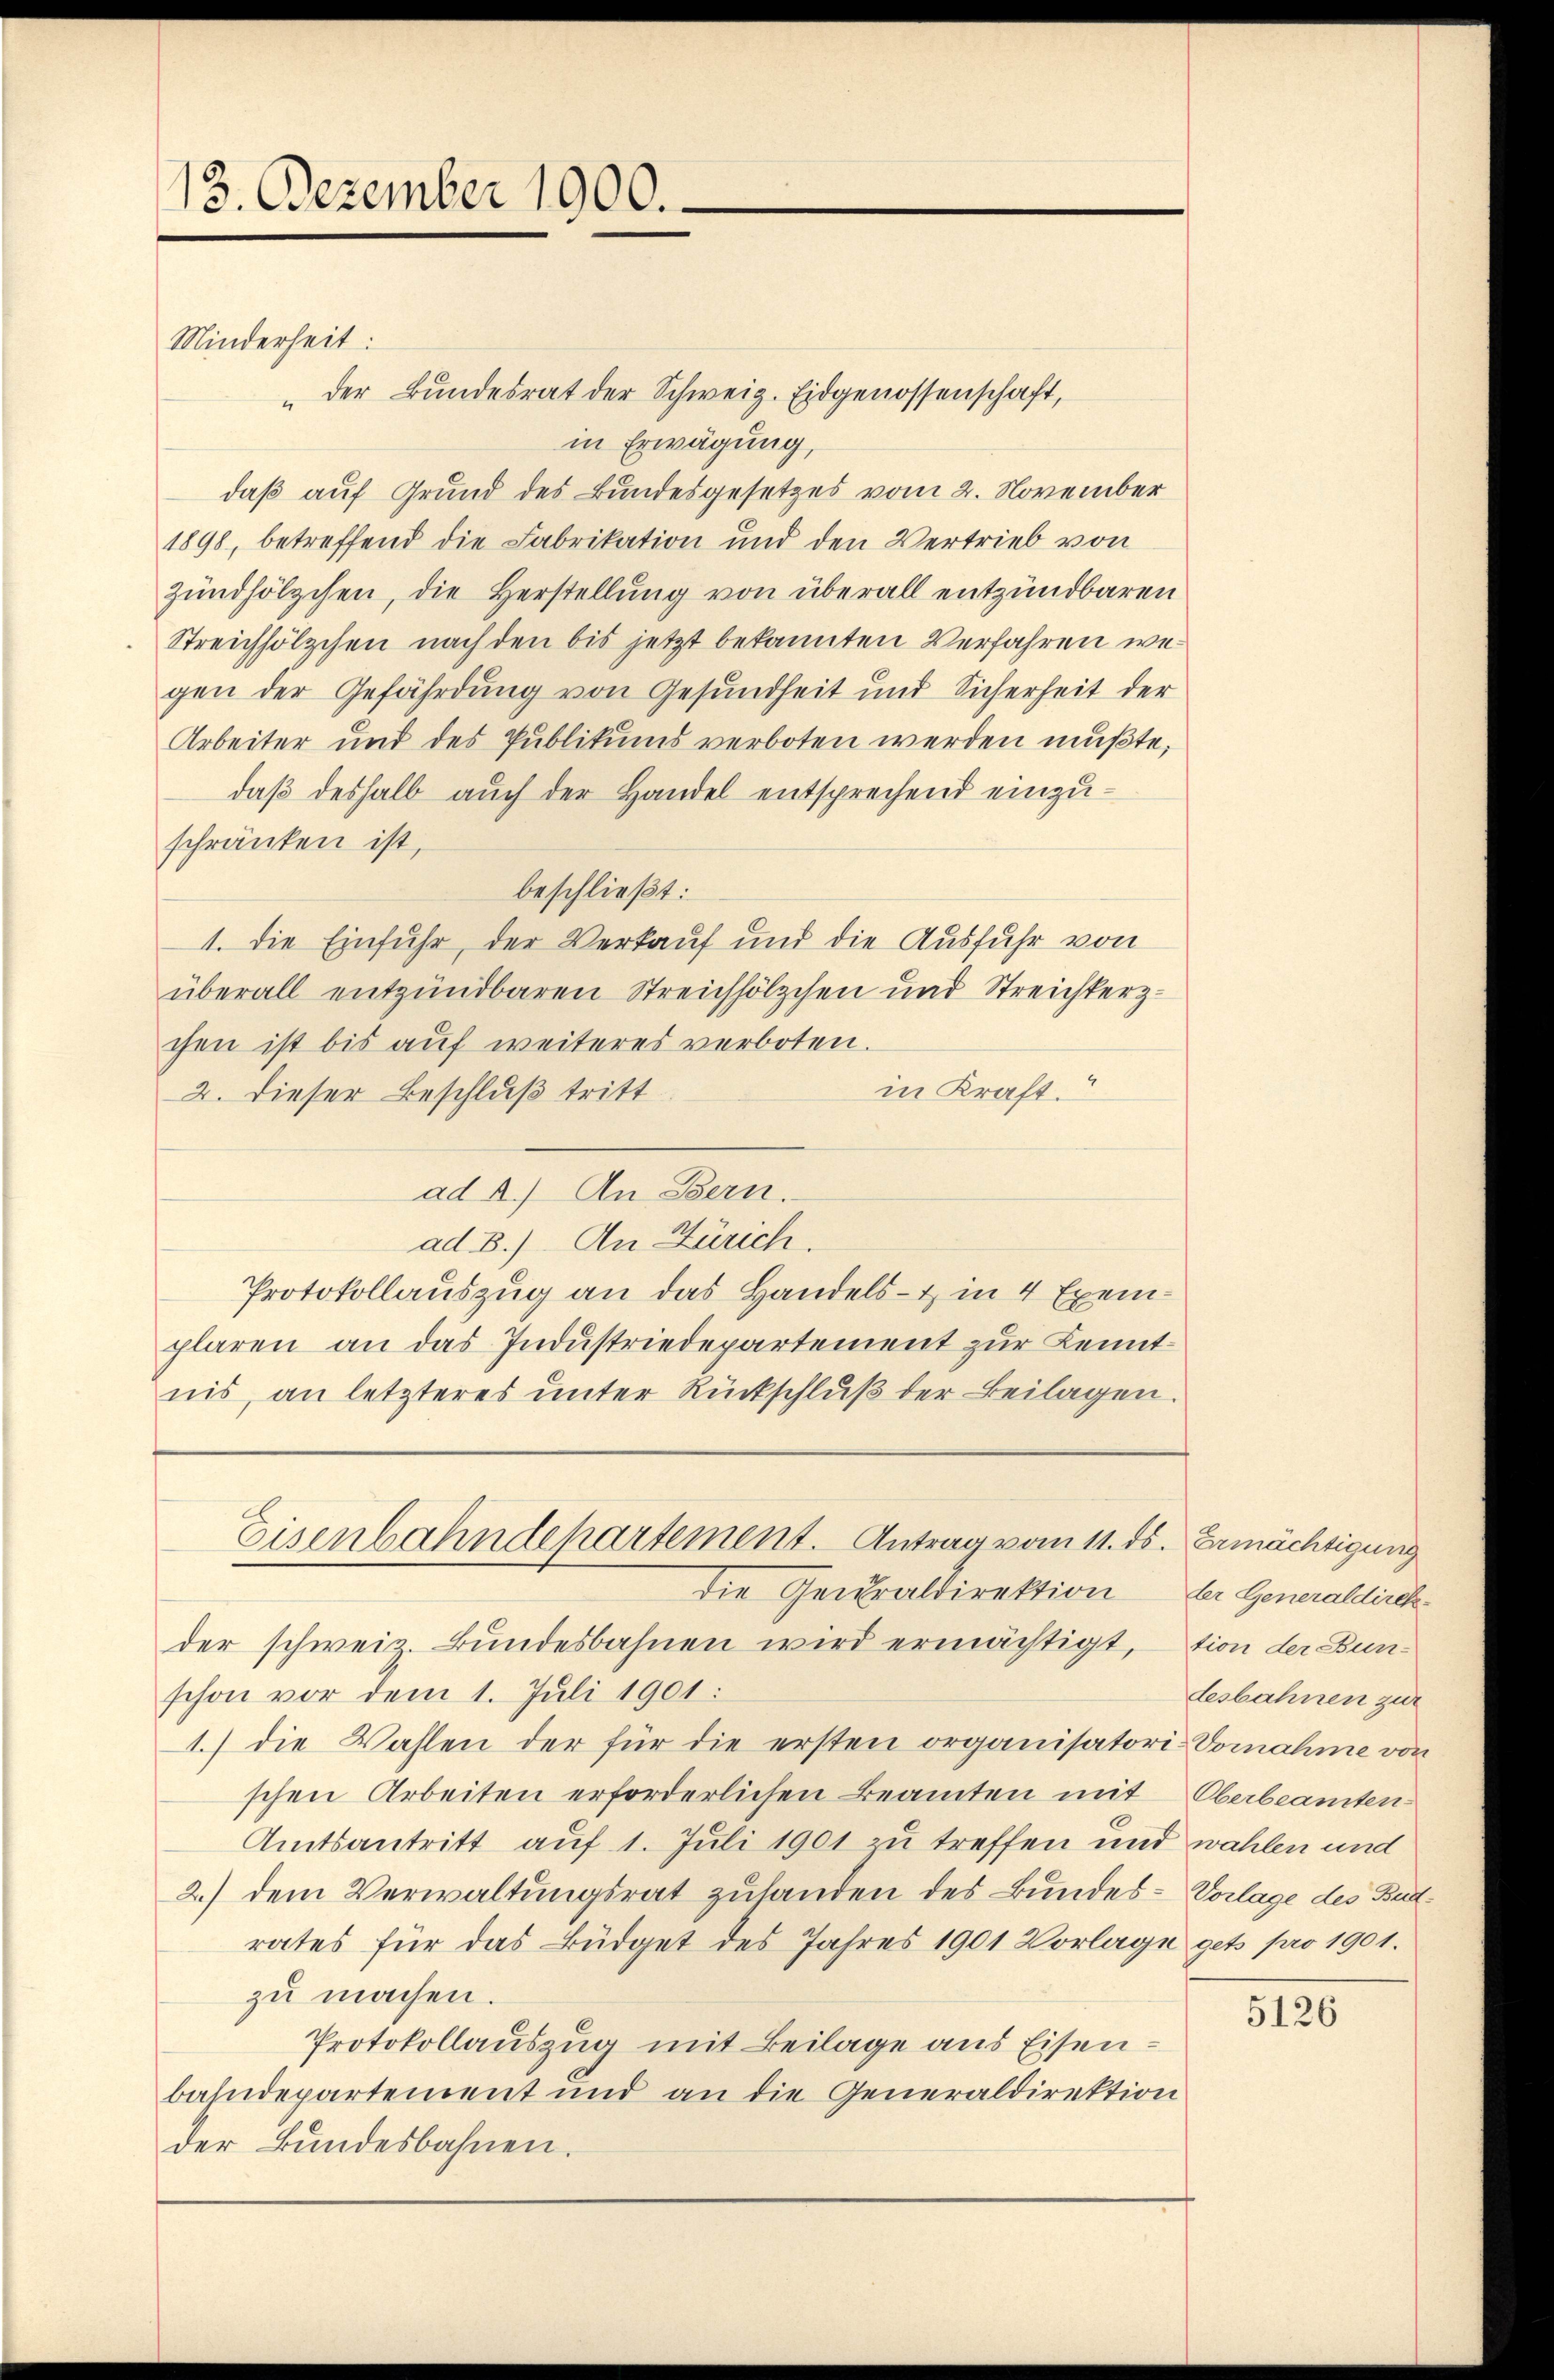
13. Dezember 1900.
Minderheit:

"der Bundesrat der Schweiz. Eidgenossenschaft,
in Erwägung,
daß auf Grund des Bundesgesetzes vom 2. November
1898, betreffend die Fabrikation und den Vertrieb von
Zündhölzchen, die Herstellung von überall entzündbaren
Streichhölzchen nach den bis jetzt bekannten Verfahren wegen der Gefährdung von Gesundheit und Sicherheit der
Arbeiter und des Publikums verboten werden mußte,
daß deshalb auch der Handel entsprechend einzuschränken ist,
beschließt:
1. die Einfuhr, der Verkauf und die Ausfuhr von
überall entzündbaren Streichhölzchen und Streichterchen ist bis auf weiteres verboten.
in Kraft.
2. Dieser Beschluß tritt
ad 2.) An Bern.
ad B.) An Zürich.
Protokollauszug an das Handels- & in 4 Exemplaren an das Industriedepartement zur Kenntnis, an letzteres unter Rückschlŭβ der Beilagen.

der schweiz. Bundesbahnen wird ermächtigt, – tion der Bunschon vor dem 1. Juli 1901:
1.) die Wahlen der für die ersten organisatori-Vornahme von
schen Arbeiten erforderlichen Beamten mit Oberbeamten
Amtsantritt auf 1. Juli 1901 zu treffen und wahlen und
2.) dem Verwaltungsrat zustanden des Bundes-Vorlage des Budrates für das Büdget des Jahres 1901 Vorlage get pro 1901.
zu machen.
Protokollauszug mit Beilage aus Eisenbahndepartement und an die Generaldirektion
der Bundesbahnen.

Eisenbahndepartement. Antrag vom 11. ds. Ermächtigung
die Generaldirektion der Generaldirek¬

desbahnen zur

5126